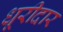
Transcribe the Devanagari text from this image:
धूरीदार